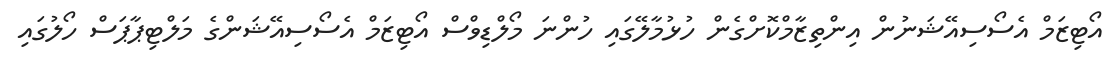
އޯޓިޒަމް އެސޯސިއޭޝަނުން އިންތިޒާމްކޮށްގެން ހުޅުމާލޭގައި ހުންނަ މޯލްޑިވްސް އޯޓިޒަމް އެސޯސިއޭޝަންގެ މަލްޓިޕާޕަސް ހޯލުގައި